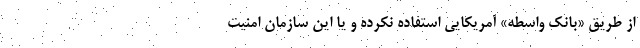
از طریق «بانک واسطه» آمریکایی استفاده نکرده و یا این سازمان امنیت